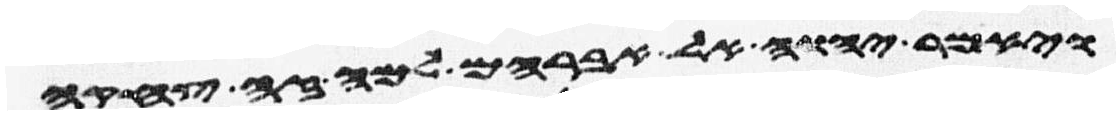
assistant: ויאמר יהוה אל אברהם למה זה צחקה